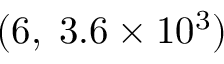
( 6 , \; 3 . 6 \times 1 0 ^ { 3 } )